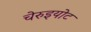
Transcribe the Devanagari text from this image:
चेरुइयोट